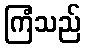
ကြံသည်